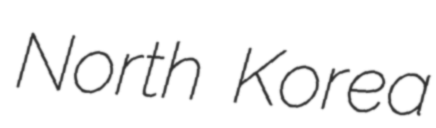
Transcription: North Korea